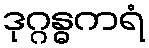
ဒုဂ္ဂန္ဓကရံ